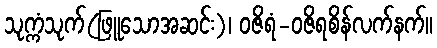
သုက္ကံသုက်(ဖြူသောအဆင်း)၊ ဝဇိရံ-ဝဇိရစိန်လက်နက်။